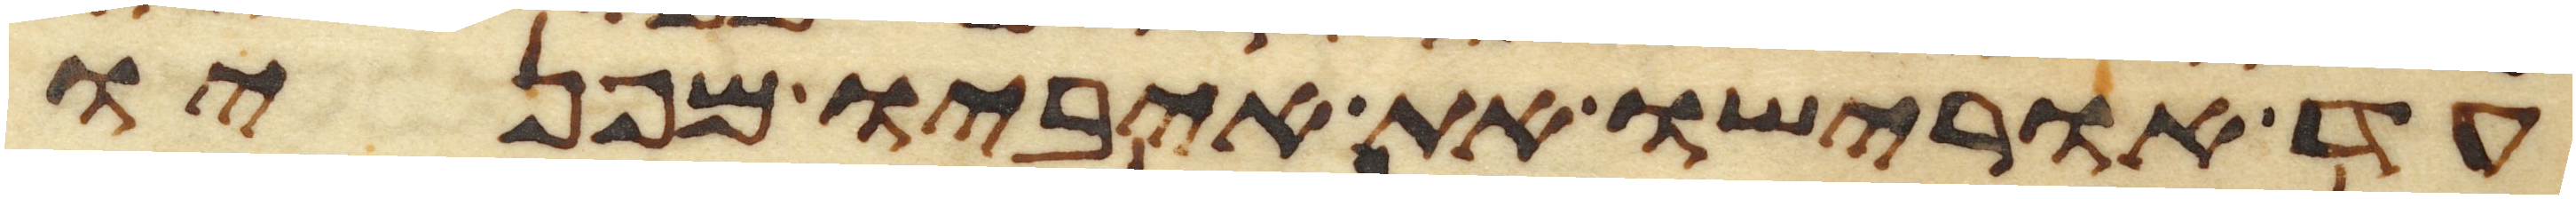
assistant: עד אורישו את איביו מפניו